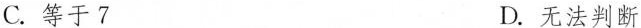
C.等于7 D.无法判断